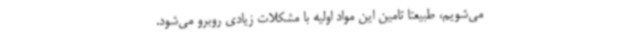
می‌شویم، طبیعتا تامین این مواد اولیه با مشکلات زیادی روبرو می‌شود.